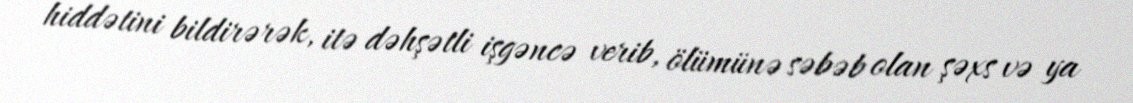
hiddətini bildirərək, itə dəhşətli işgəncə verib, ölümünə səbəb olan şəxs və ya